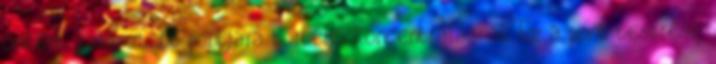
önként választott pontjára történő koncentrálással. Ez a pont testrész